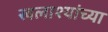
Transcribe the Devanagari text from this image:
खलाश्यांच्या